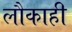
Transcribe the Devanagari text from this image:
लौकाही